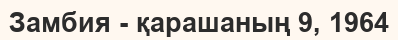
Замбия - қарашаның 9, 1964